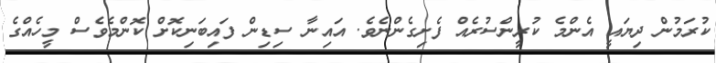
ކުރަމުން ދިޔައީ އެންމެ ކުރީންސުރެއް ފެށިގެންނެވެ. އައިނާ ސިޑިން ފައިބަނިކޮށް ކޮންމެވެސް މީހެއްގެ